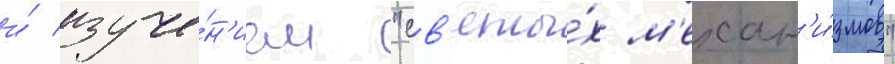
и́ изуче́н'ием "св'яты́х м'ехан'и́змов"